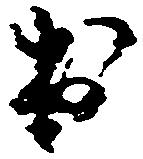
出